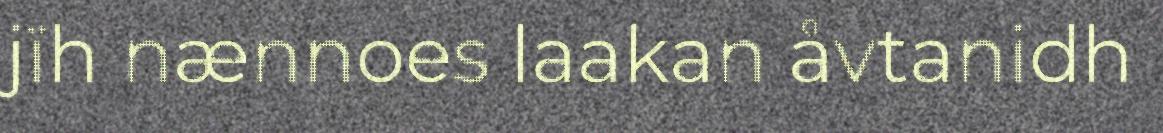
jïh nænnoes laakan åvtanidh